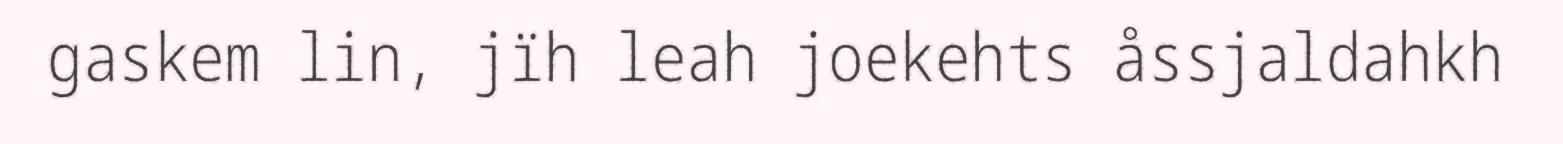
gaskem lin, jïh leah joekehts åssjaldahkh